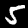
Digit: 5